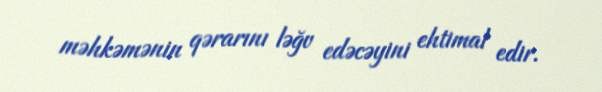
məhkəmənin qərarını ləğv edəcəyini ehtimal edir.